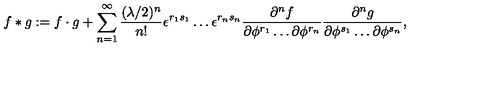
f \ast g : = f \cdot g + \sum _ { n = 1 } ^ { \infty } { \frac { ( \lambda / 2 ) ^ { n } } { n ! } } \epsilon ^ { r _ { 1 } s _ { 1 } } \dots \epsilon ^ { r _ { n } s _ { n } } { \frac { \partial ^ { n } f } { \partial \phi ^ { r _ { 1 } } \dots \partial \phi ^ { r _ { n } } } } { \frac { \partial ^ { n } g } { \partial \phi ^ { s _ { 1 } } \dots \partial \phi ^ { s _ { n } } } } ,